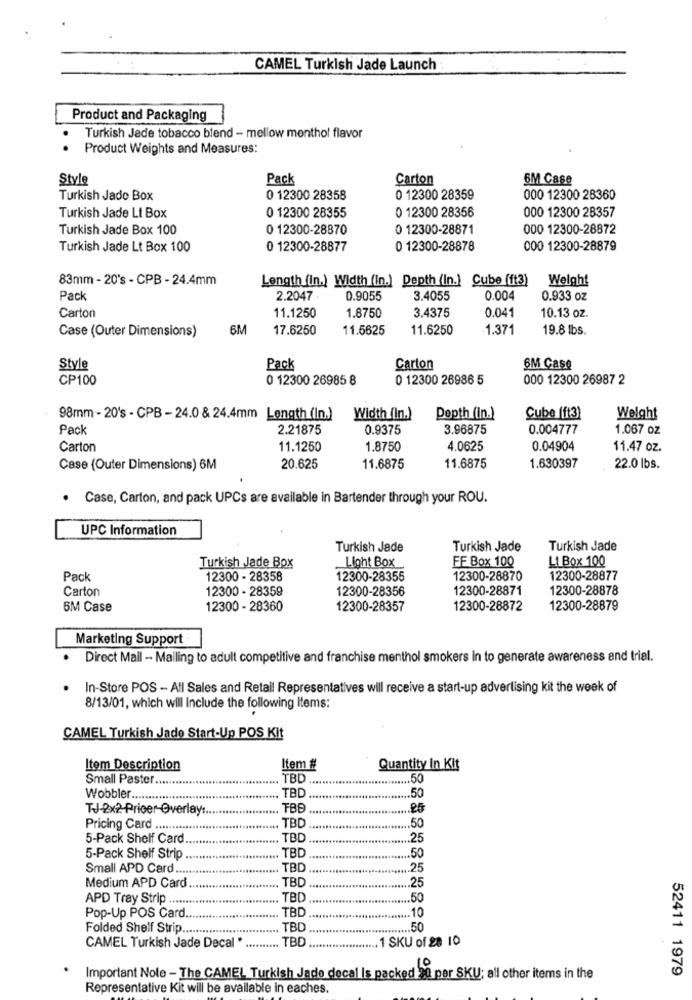
CAMEL Turkish Jade Launch
Product and Packaging
Turkish Jade tobacco blend - mellow menthol flavor
Product Weights and Measures:
Style
Pack
Carton
6M Case
Turkish Jade Box
0 12300 28358
0 12300 28359
000 12300 28360
0 12300 28356
000 12300 28357
Turkish Jade Lt Box
0 12300 28355
Turkish Jade Box 100
0 12300-28870
0 12300-28871
000 12300-28872
Turkish Jade Lt Box 100
0 12300-28877
0 12300-28878
000 12300-28879
83mm - 20's - CPB - 24.4mm
Length (In.) Width (in.] Depth (In.] Cube (ft3)
Weight
Pack
2.2047
0.9055
3.4055
0.004
0.933 oz
Carton
3.4375
0.041
11.1250
1.8750
10.13 oz.
Case (Outer Dimensions)
6M
17.6250
11.5625
11.6250
1.371
19.8 lbs.
Style
Pack
Carton
6M Case
CP100
0 12300 26985 8
0 12300 26986 5
000 12300 26987 2
98mm - 20's - CPB - 24.0 & 24.4mm Length (In.) Width (In.)
Depth (In.)
Cube (ft3)
Weight
Pack
2.21875
0.9375
3.96875
0.004777
1.067 oz
Carton
11.1250
1.8750
4.0625
0.04904
11.47 oz.
Case (Outer Dimensions) 6M
20.625
11.6875
11.6875
1.630397
22.0 lbs.
· Case, Carton, and pack UPCs are available in Bartender through your ROU.
UPC Information
Turkish Jade
Turkish Jade
Turkish Jade
FF Box 100
LI Box 100
Turkish Jade Box
Light Box
Pack
12300 - 28358
12300-28355
12300-28870
12300-28877
Carton
12300 - 28359
12300-28356
12300-28871
12300-28878
6M Case
12300 - 28360
12300-28357
12300-28872
12300-28879
Marketing Support
· Direct Mail - Mailing to adult competitive and franchise menthol smokers in to generate awareness and trial.
In-Store POS - All Sales and Retail Representatives will receive a start-up advertising kit the week of
8/13/01, which will Include the following Items:
CAMEL Turkish Jado Start-Up POS Kit
Itom Description
Item #
Quantity In Kit
Small Paster ......
... TBD
.... 50
TBD
Wobbler ....
.... 50
TJ-2x ?- Pricer-Overlay :..
TBE
.25
TBC
Pricing Card ..........
.50
5-Pack Shelf Card.
TBC
.25
TBC
.50
5-Pack Shelf Strip
Small APD Card ....
TBD.
.... 25
.25
Medium APD Card
TBD.
APD Tray Strip .......
TBD
TBD
Pop-Up POS Card
.... 10
Folded Shelf Strip .....
TBD
.50
TBD
SKU of 28 10
CAMEL Turkish Jade Decal *
52411 1979
Important Note - The CAMEL Turkish Jade decal Is packed 20 per SKU; all other items in the
Representative Kit will be available in eaches.